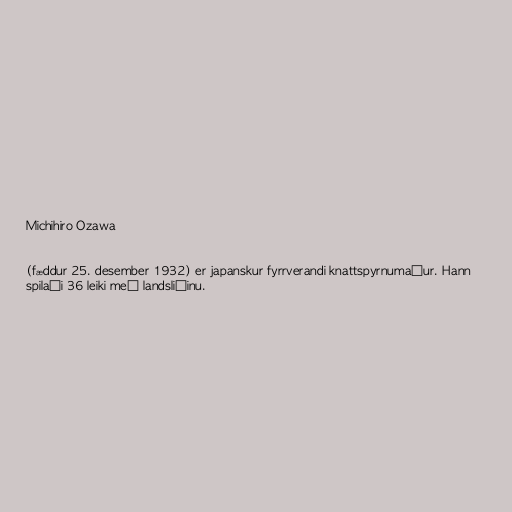
Michihiro Ozawa

(fæddur 25. desember 1932) er japanskur fyrrverandi knattspyrnumaður. Hann
spilaði 36 leiki með landsliðinu.